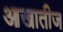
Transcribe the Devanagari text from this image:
आखातीज